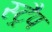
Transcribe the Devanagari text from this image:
स्ट्रैप